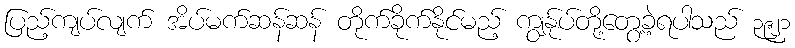
ပြည့်ကျပ်လျက် အိပ်မက်ဆန်ဆန် တိုက်ခိုက်နိုင်မည့် ကျွန်ုပ်တို့တွေ့ခဲ့ရပါသည် ၃၉၂၁